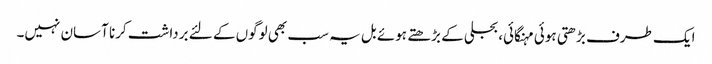
ایک طرف بڑھتی ہوئی مہنگائی، بجلی کے بڑھتے ہوئے بل یہ سب بھی لوگوں کے لئے برداشت کرنا آسان نہیں۔